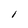
Character: l